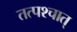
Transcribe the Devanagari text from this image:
तत्पश्‍चात्